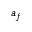
a _ { f }